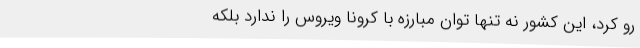
رو کرد، این کشور نه تنها توان مبارزه با کرونا ویروس را ندارد بلکه